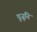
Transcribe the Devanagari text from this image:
पूजूनि